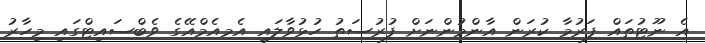
އެ ނޫޓުތައް ފަރުމާ ކުރަން އާންމުންނަށް ފުރުސަތު ހުޅުވާލައި އެމއެމްއޭގެ ވެބްސައިޓްގައި މިހާރު